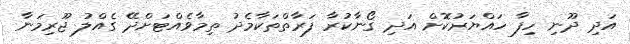
އަދި ދޫނި ހިފާ ހައްޔަރުކޮށް އަދި ގޯނާކުރާ ފަރާތްތަކާމެދު ތިމާވެއްޓަށްދޭ ގެއްލު ޖޫރިމަނާ